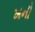
ખની